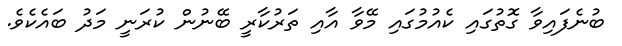
ބުނެފައިވާ ގޮތުގައި ކެއުމުގައި މޭވާ އާއި ތަރުކާރީ ބޭނުން ކުރަނީ މަދު ބައެކެވެ.